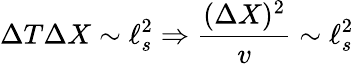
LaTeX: \Delta T\Delta X\sim\ell_{s}^{2}\Rightarrow{\frac{(\Delta X)^{2}}{v}}\sim\ell_{s}^{2}